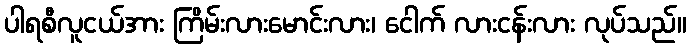
ပါရစီလူငယ်အား ကြိမ်းလားမောင်းလား၊ ငေါက် လားငန်းလား လုပ်သည်။